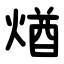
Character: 煪